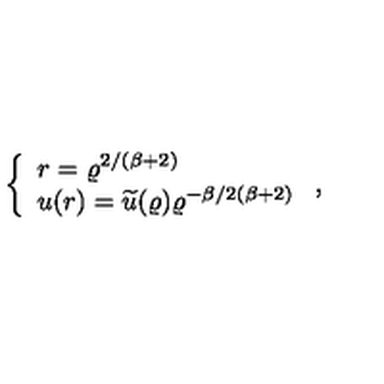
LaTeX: \left\{ \begin{array} { l } { r = \varrho ^ { 2 / ( \beta + 2 ) } \nonumber } \\ { u ( r ) = \widetilde { u } ( \varrho ) \varrho ^ { - \beta / 2 ( \beta + 2 ) } } \\ \end{array} \right. ,